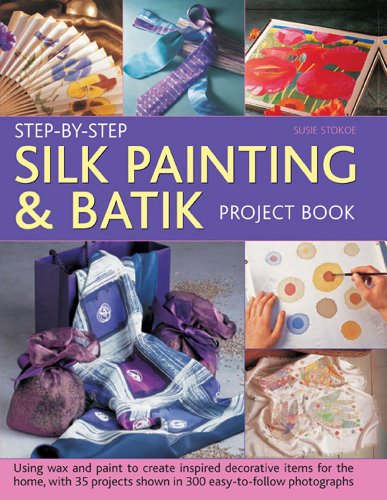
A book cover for Step-By-Step Silk Painting & Batik Project Book: Using Wax And Paint To Create Inspired Decorative Items For The Home, With 35 Projects Shown In 300 Easy-To-Follow Photographs; Susie Stokoe; Crafts, Hobbies & Home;